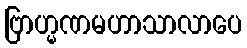
ဗြာဟ္မဏမဟာသာလာပေ